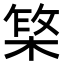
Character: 𬃥